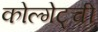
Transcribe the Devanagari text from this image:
कोल्गेट्ची